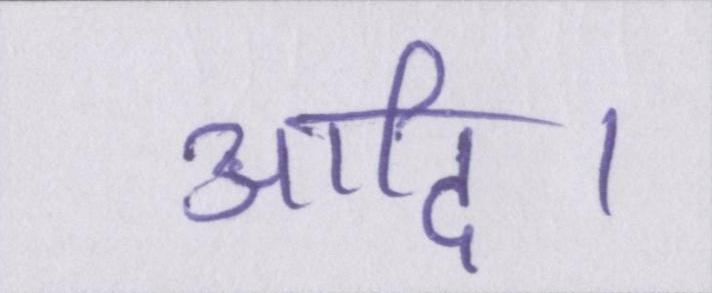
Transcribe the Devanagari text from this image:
आदि।